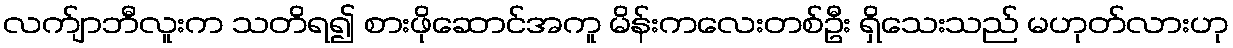
လက်ျာဘီလူးက သတိရ၍ စားဖိုဆောင်အကူ မိန်းကလေးတစ်ဦး ရှိသေးသည် မဟုတ်လားဟု